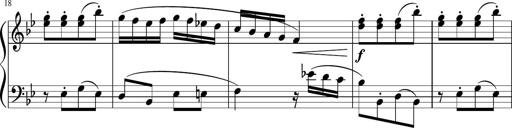
Title: 12 Keyboard Sonatinas
Composer: James Hook